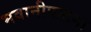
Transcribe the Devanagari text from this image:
भवानीपाटना